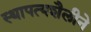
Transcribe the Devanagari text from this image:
स्थापत्यशैलीने